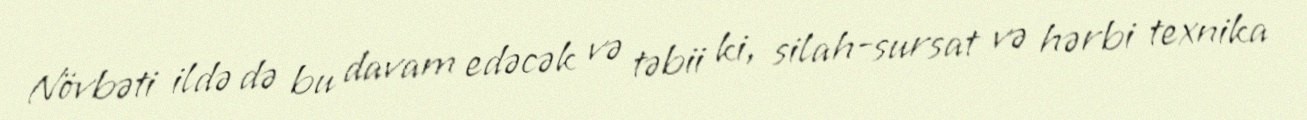
Növbəti ildə də bu davam edəcək və təbii ki, silah-sursat və hərbi texnika